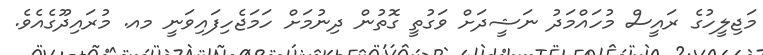
މަޖިލީހުގެ ރައީސް މުހައްމަދު ނަޝީދަށް ވަގުތީ ގޮތުން ދިނުމަށް ހަމަޖެހިފައިވަނީ މއ. މުރައިދޫގެއެވެ.